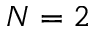
N = 2